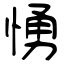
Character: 愑